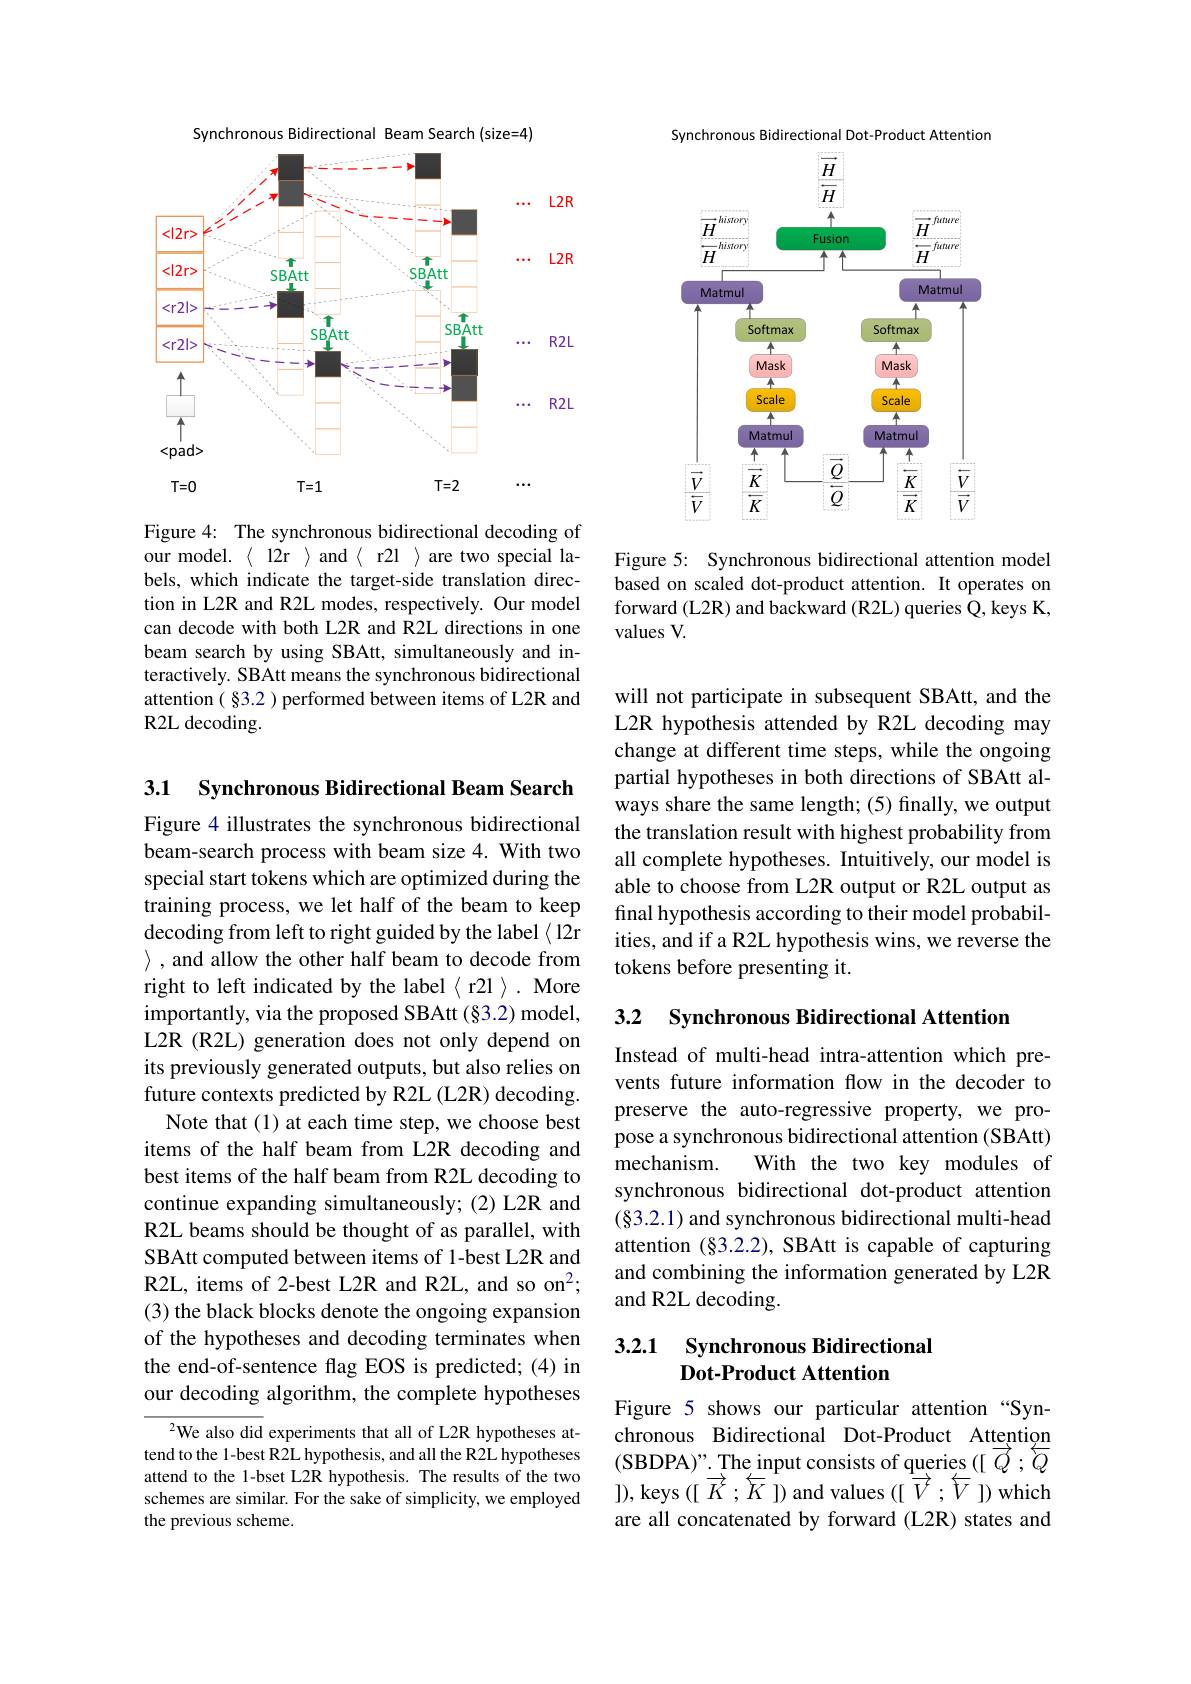
Synchronous Bidirectional Beam Search (size=4)

<FigureHere>

Figure 4: The synchronous bidirectional decoding of our model.〈12r〉and〈r2l〉are two special labels, which indicate the target-side translation direction in L2R and R2L modes, respectively. Our model can decode with both L2R and R2L directions in one beam search by using SBAtt, simultaneously and interactively. SBAtt means the synchronous bidirectional attention ( §3.2 ) performed between items of L2R and R2L decoding.

3.1 Synchronous Bidirectional Beam Search

Figure 4 illustrates the synchronous bidirectional beam-search process with beam size 4. With two special start tokens which are optimized during the training process, we let half of the beam to keep decoding from left to right guided by the label ( 12r > , and allow the other half beam to decode from right to left indicated by the label $\langle$ r2l $\rangle.$ More importantly, via the proposed SBAtt (§3.2) model, L2R (R2L) generation does not only depend on its previously generated outputs, but also relies on future contexts predicted by R2L (L2R) decoding.
Note that (1) at each time step, we choose best items of the half beam from L2R decoding and best items of the half beam from R2L decoding to continue expanding simultaneously; (2) L2R and R2L beams should be thought of as parallel, with SBAtt computed between items of 1-best L2R and R2L, items of 2-best L2R and R2L, and so on^2; (3) the black blocks denote the ongoing expansion of the hypotheses and decoding terminates when the end-of-sentence flag EOS is predicted; (4) in our decoding algorithm, the complete hypotheses
$^{2}$We also did experiments that all of L2R hypotheses at-

tend to the 1-best R2L hypothesis, and all the R2L hypotheses attend to the 1-bset L2R hypothesis. The results of the two schemes are similar. For the sake of simplicity, we employed the previous scheme.

Synchronous Bidirectional Dot-Product Attention

<FigureHere>

Figure 5: Synchronous bidirectional attention model based on scaled dot-product attention. It operates on forward (L2R) and backward (R2L) queries Q, keys K, values V.

will not participate in subsequent SBAtt, and the L2R hypothesis attended by R2L decoding may change at different time steps, while the ongoing partial hypotheses in both directions of SBAtt always share the same length; (5) finally, we output the translation result with highest probability from all complete hypotheses. Intuitively, our model is able to choose from L2R output or R2L output as final hypothesis according to their model probabilities, and if a R2L hypothesis wins, we reverse the tokens before presenting it.

3.2 Synchronous Bidirectional Attention

Instead of multi-head intra-attention which prevents future information flow in the decoder to preserve the auto-regressive property, we propose a synchronous bidirectional attention (SBAtt) mechanism
With the two key modules of
synchronous bidirectional dot-product attention (§3.2.1) and synchronous bidirectional multi-head attention (§3.2.2), SBAtt is capable of capturing and combining the information generated by L2R and R2L decoding.

### 3.2.1 Synchronous Bidirectional Dot-Product Attention

Figure 5 shows our particular attention “Synchronous Bidirectional Dot-Product Attention (SBDPA)".The input consists of queries $( [ \overrightarrow{Q}$ $; \overleftarrow{Q}$ ]),keys([ $\overrightarrow{K}$ ; $\overleftarrow{K}$ ])and values([ $\overrightarrow{V}$ ; $\overleftarrow{V}$ ])which are all concatenated by forward (L2R) states and